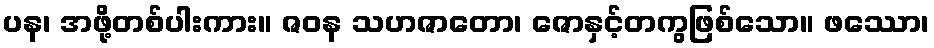
ပန၊ အဖို့တစ်ပါးကား။ ဇဝန သဟဇာတော၊ ဇောနှင့်တကွဖြစ်သော။ ဖဿော၊